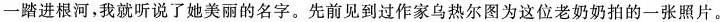
一踏进根河，我就听说了她美丽的名字。先前见到过作家乌热尔图为这位老奶奶拍的一张照片。